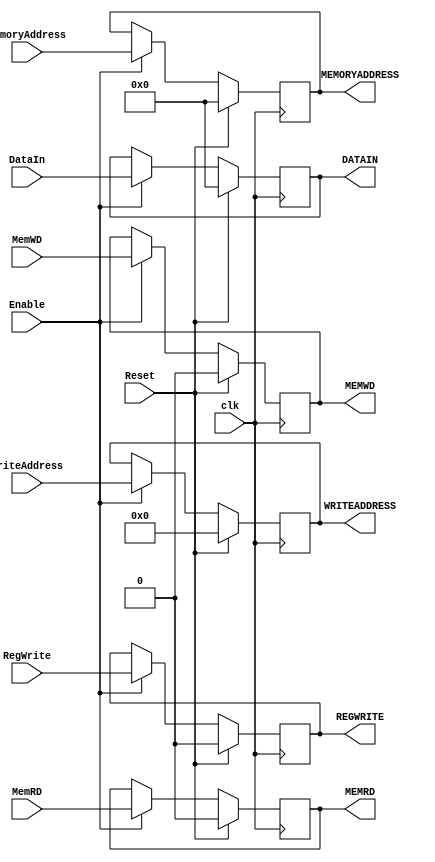
`timescale 1ns / 1ps

module EX_MEM(clk,Reset,Enable,MemoryAddress,WriteAddress,DataIn, MemRD, MemWD, RegWrite,
											MEMORYADDRESS,WRITEADDRESS,DATAIN,MEMRD, MEMWD,REGWRITE);
	input  clk, Reset, Enable;
	input [4:0] WriteAddress;
	input [0:0] MemWD,MemRD;
	input [31:0] DataIn;
	input [31:0] MemoryAddress;
	input [0:0] RegWrite;
	output reg [31:0] MEMORYADDRESS;
	output reg [4:0] WRITEADDRESS;
	output reg [31:0] DATAIN;
	output reg [0:0] REGWRITE,MEMWD,MEMRD;



	initial begin
		WRITEADDRESS=5'd0;
		MEMORYADDRESS=31'd0;
		DATAIN=31'd0;
		MEMRD=1'd0;
		MEMWD=1'd0;
		REGWRITE=1'd0;

	end

	always @ (negedge clk) begin
		if(Reset)begin
			WRITEADDRESS=5'd0;
			MEMORYADDRESS=31'd0;
			DATAIN=31'd0;
			MEMRD=1'd0;
			MEMWD=1'd0;
			REGWRITE=1'd0;

		end 
		else if (Enable)begin
			WRITEADDRESS = WriteAddress;
			MEMORYADDRESS = MemoryAddress;
			DATAIN = DataIn;
			MEMRD = MemRD;
			MEMWD = MemWD;
			REGWRITE = RegWrite;

		end 
	end	


endmodule